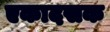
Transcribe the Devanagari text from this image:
एकादसक